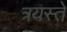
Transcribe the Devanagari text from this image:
त्रयस्ते